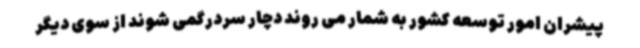
پیشران امور توسعه کشور به شمار می روند دچار سردرگمی شوند از سوی دیگر